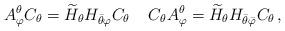
LaTeX: \begin{align*}A^\theta_\varphi C_\theta =\widetilde{H}_\theta H_{\bar\theta\varphi} C_\theta\;\;\;\;C_\theta A^\theta_\varphi =\widetilde{H}_\theta H_{\bar\theta\bar\varphi} C_\theta\,,\end{align*}